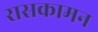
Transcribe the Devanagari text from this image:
रासकामन